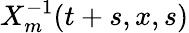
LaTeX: X_{m}^{-1}(t+s,x,s)